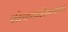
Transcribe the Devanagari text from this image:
लोकशाहीव्यवस्था